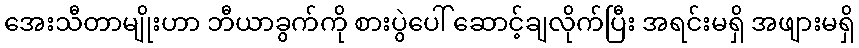
အေးသီတာမျိုးဟာ ဘီယာခွက်ကို စားပွဲပေါ် ဆောင့်ချလိုက်ပြီး အရင်းမရှိ အဖျားမရှိ